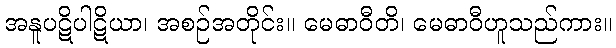
အနူပဋိပါဋိယာ၊ အစဉ်အတိုင်း။ မေဓာဝီတိ၊ မေဓာဝီဟူသည်ကား။